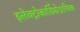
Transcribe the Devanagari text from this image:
इलेक्ट्रोकार्डियोग्राफिक